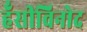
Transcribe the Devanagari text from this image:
हँसीविनोद